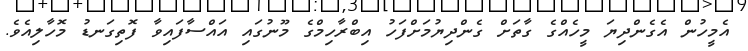
އެމީހުން އެގެންދިޔަ މީހެއްގެ ގާތަށް ގެންދިޔުމަށްފަހު އިބްރާހިމްގެ މޫނުގައި އައްސާފައިވާ ފޮތިގަނޑު މޮހާލިއެވެ.